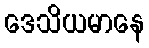
ဒေသိယမာနေ